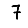
Digit: 7